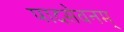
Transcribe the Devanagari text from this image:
पादसेवनम्